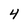
Character: 4